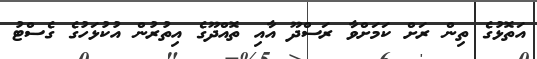
އަތޮޅުގެ ތިން ރަށް ކަމަށްވާ ރަސްދޫ އާއި ތޮއްދޫގެ އިތުރުން އުކުޅަހުގެ ގެސްޓު